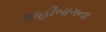
શાહીબાગના